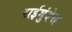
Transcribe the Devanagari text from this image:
राईमुंदेस